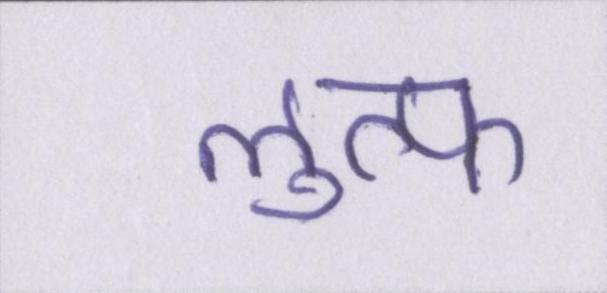
लुत्फ